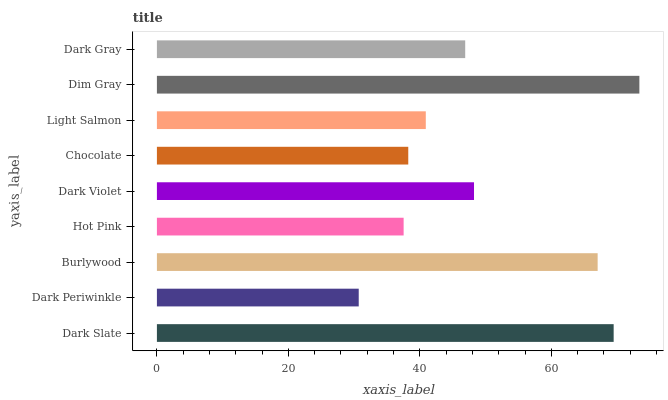
| yaxis_label | bars |
 | --- | --- |
 | Dark Slate | 69.5 |
 | Dark Periwinkle | 30.7 |
 | Burlywood | 67 |
 | Hot Pink | 37.5 |
 | Dark Violet | 48.2 |
 | Chocolate | 38.2 |
 | Light Salmon | 40.9 |
 | Dim Gray | 73.4 |
 | Dark Gray | 46.9 |